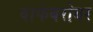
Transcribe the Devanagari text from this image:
वाफेबरोबर